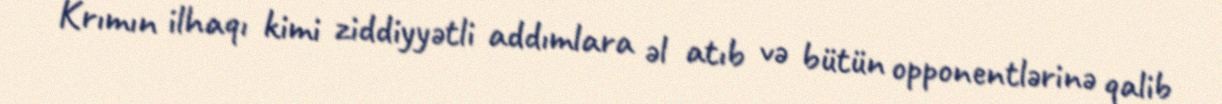
Krımın ilhaqı kimi ziddiyyətli addımlara əl atıb və bütün opponentlərinə qalib